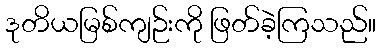
ဒုတိယမြစ်ကျဉ်းကို ဖြတ်ခဲ့ကြသည်။